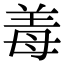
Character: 𬙰